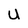
Character: U